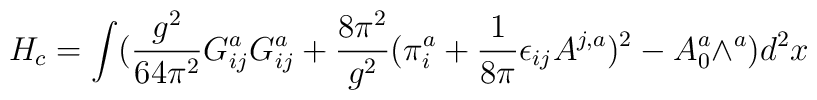
H_{c} = \int(\frac{g^{2}}{64\pi^{2}} G^{a}_{ij}G^{a}_{ij} +\frac{8\pi^{2}}{g^{2}}(\pi^{a}_{i} + \frac{1}{8\pi}\epsilon_{ij}A^{j,a})^{2} - A^{a}_{0}\wedge^{a})d^{2}x